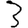
Digit: 3